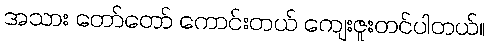
အသား တော်တော် ကောင်းတယ် ကျေးဇူးတင်ပါတယ်။